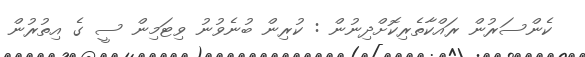
ކެންސަރުން ރައްކާތެރިކޮށްދިނުން : ކުރިން ބުނެވުނު ވިޓަމިން ސީ ގެ އިތުރުން